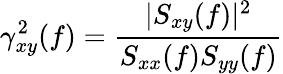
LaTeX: \gamma_{xy}^{2}(f)={\frac{|S_{xy}(f)|^{2}}{S_{xx}(f)S_{yy}(f)}}